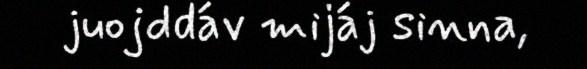
juojddáv mijáj sinna,